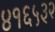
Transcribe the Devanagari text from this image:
४१६५३२